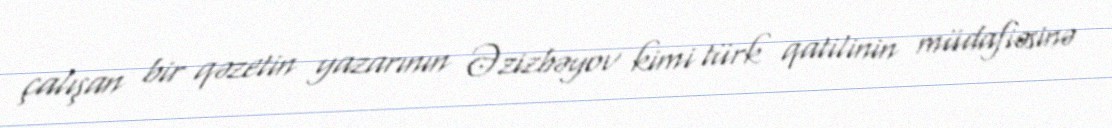
çalışan bir qəzetin yazarının Əzizbəyov kimi türk qatilinin müdafiəsinə